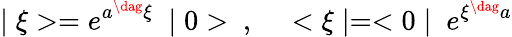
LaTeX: \mid\xi>=e^{a^{\dag}\xi}~\mid 0>~,~~~~<\xi\mid=<0\mid~e^{\xi^{\dag}a}